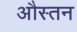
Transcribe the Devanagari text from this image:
औस्तन